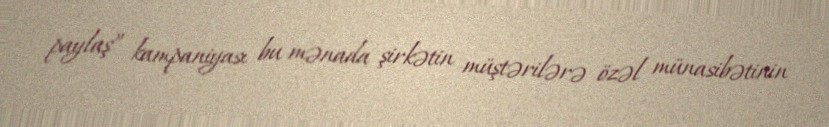
paylaş” kampaniyası bu mənada şirkətin müştərilərə özəl münasibətinin